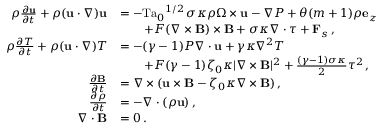
\begin{array} { r l } { \rho \frac { \partial \mathbf { u } } { \partial t } + \rho ( \mathbf { u } \cdot \nabla ) \mathbf { u } } & { = - { \mathrm { T a } _ { 0 } } ^ { 1 / 2 } \, \sigma \kappa \rho \boldsymbol { \Omega } \times \mathbf { u } - \nabla P + \theta ( m + 1 ) \rho \mathbf { e } _ { z } } \\ & { \quad \quad + F ( \nabla \times \mathbf { B } ) \times \mathbf { B } + \sigma \kappa \nabla \cdot \tau + \mathbf { F } _ { s } \, , } \\ { \rho \frac { \partial T } { \partial t } + \rho ( \mathbf { u } \cdot \nabla ) T } & { = - ( \gamma - 1 ) P \nabla \cdot \mathbf { u } + \gamma \kappa \nabla ^ { 2 } T } \\ & { \quad \quad + F ( \gamma - 1 ) \zeta _ { 0 } \kappa \lvert \nabla \times \mathbf { B } \rvert ^ { 2 } + \frac { ( \gamma - 1 ) \sigma \kappa } { 2 } \tau ^ { 2 } \, , } \\ { \frac { \partial \mathbf { B } } { \partial t } } & { = \nabla \times ( \mathbf { u } \times \mathbf { B } - \zeta _ { 0 } \kappa \nabla \times \mathbf { B } ) \, , } \\ { \frac { \partial \rho } { \partial t } } & { = - \nabla \cdot ( \rho \mathbf { u } ) \, , } \\ { \nabla \cdot \mathbf { B } } & { = 0 \, . } \end{array}